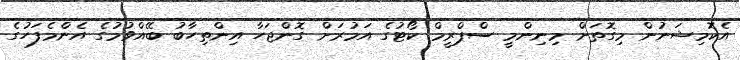
އެކޮމިޝަނުން މިގޮތަށް މިނިންމީ ސްޕްރީމް ކޯޓުގެ އަމުރަށް ގޮންޖަހާ އިންތިހާބު ބޭއްވުމުގެ އެންމެފަހުގެ